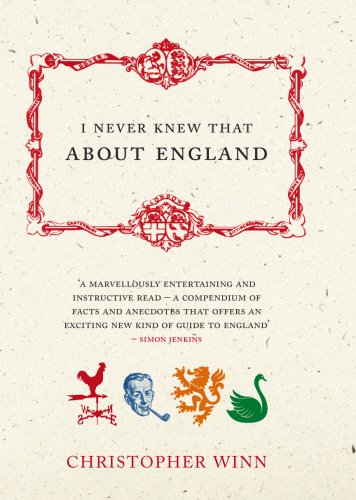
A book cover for I Never Knew That About England; Christopher Winn; Humor & Entertainment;